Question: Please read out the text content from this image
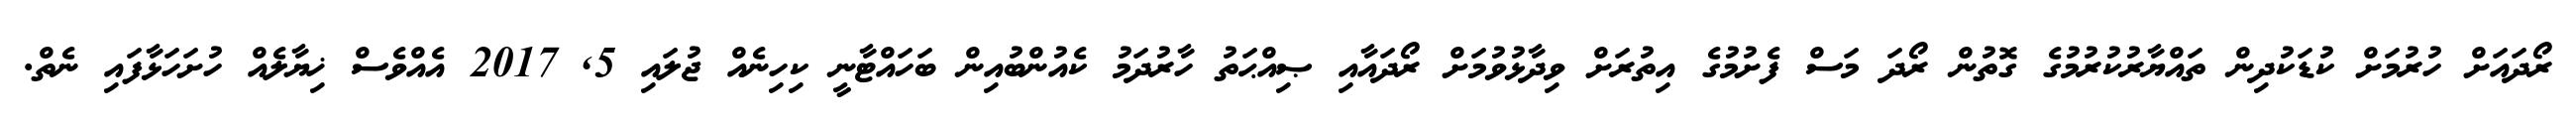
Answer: ރޯދައަށް ހުރުމަށް ކުޑަކުދިން ތައްޔާރުކުރުމުގެ ގޮތުން ރޯދަ މަސް ފެށުމުގެ އިތުރަށް ވިދާޅުވުމަށް ރޯދައާއި ޞިއްޙަތު ހާރުދަމު ކެއުންބުއިން ބަހައްޓާނީ ކިހިނެއް ޖުލައި 5, 2017 އެއްވެސް ޚިޔާލެއް ހުށަހަޅާފައި ނެތް.